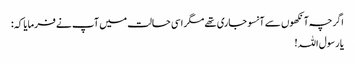
اگرچہ آنکھوں سے آنسو جاری تھے مگر اسی حالت میں آپ نے فرمایا کہ:
یا رسول اللہ!